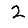
Digit: 2